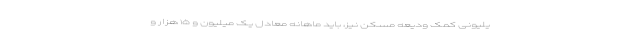
یلیونی کمک ودیعه مسکن نیز، باید ماهانه معادل یک میلیون و ۱۵ هزار و